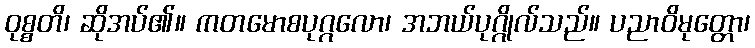
ဝုစ္စတိ၊ ဆိုအပ်၏။ ကတမောစပုဂ္ဂလော၊ အဘယ်ပုဂ္ဂိုလ်သည်။ ပညာဝိမုတ္တော၊